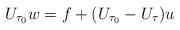
LaTeX: \begin{align*}U_{\tau_0}w=f+(U_{\tau_0}-U_\tau)u\end{align*}